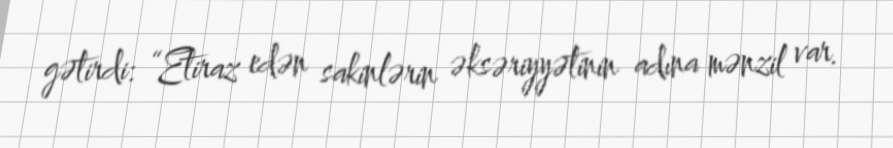
gətirdi: “Etiraz edən sakinlərin əksəriyyətinin adına mənzil var.